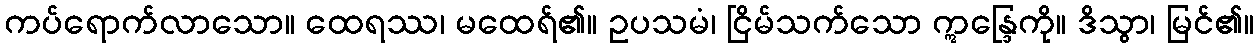
ကပ်ရောက်လာသော။ ထေရဿ၊ မထေရ်၏။ ဥပသမံ၊ ငြိမ်သက်သော ဣန္ဒြေကို။ ဒိသွာ၊ မြင်၏။